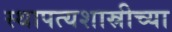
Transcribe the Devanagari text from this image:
स्थापत्यशास्रीच्या